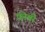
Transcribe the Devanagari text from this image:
फ्रीबी